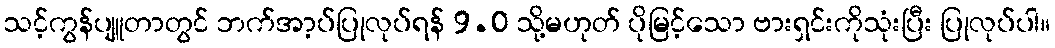
သင့်ကွန်ပျူတာတွင် ဘက်အာ့ပ်ပြုလုပ်ရန် 9.0 သို့မဟုတ် ပိုမြင့်သော ဗားရှင်းကိုသုံးပြီး ပြုလုပ်ပါ။